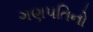
ગણપતિનો